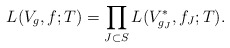
\begin{align*}L(V_g, f; T) = \prod_{J \subset S} L(V_{g_J}^*, f_J; T).\end{align*}